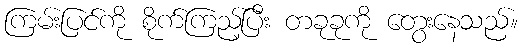
ကြမ်းပြင်ကို စိုက်ကြည့်ပြီး တခုခုကို တွေးနေသည်။